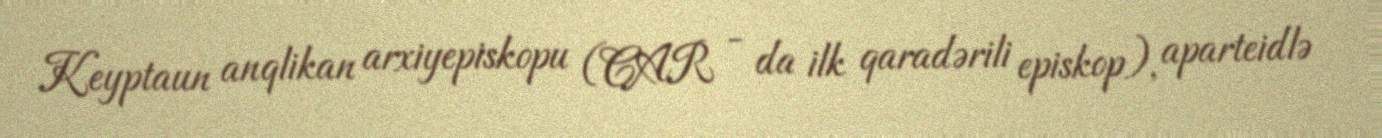
Keyptaun anqlikan arxiyepiskopu (CAR - da ilk qaradərili episkop), aparteidlə